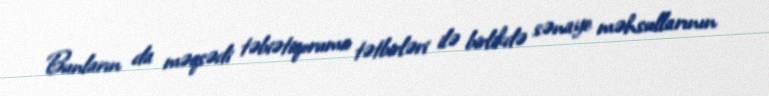
Bunların da məqsədi təbiətiqoruma tətbirləri ilə birlikdə sənaye məhsullarının